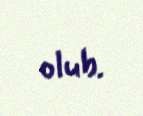
olub.